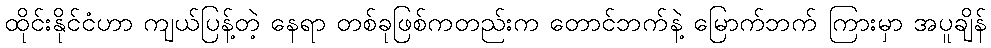
ထိုင်းနိုင်ငံဟာ ကျယ်ပြန့်တဲ့ နေရာ တစ်ခုဖြစ်ကတည်းက တောင်ဘက်နဲ့ မြောက်ဘက် ကြားမှာ အပူချိန်